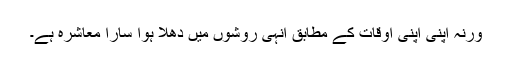
ورنہ اپنی اپنی اوقات کے مطابق انہی روشوں میں دُھلا ہوا سارا معاشرہ ہے۔